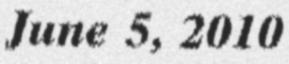
June 5, 2010